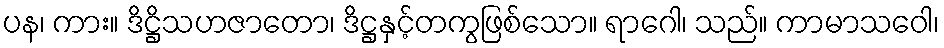
ပန၊ ကား။ ဒိဋ္ဌိသဟဇာတော၊ ဒိဋ္ဌနှင့်တကွဖြစ်သော။ ရာဂေါ၊ သည်။ ကာမာသဝေါ၊